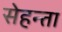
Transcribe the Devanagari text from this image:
सेहन्‍ता